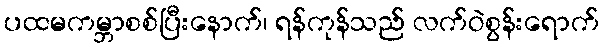
ပထမကမ္ဘာစစ်ပြီးနောက်၊ ရန်ကုန်သည် လက်ဝဲစွန်းရောက်